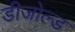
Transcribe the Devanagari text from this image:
डीजोल्ड